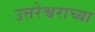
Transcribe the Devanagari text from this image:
उत्तरेश्वराच्या